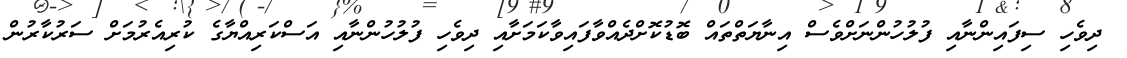
ދިވެހި ސިފައިންނާއި ފުލުހުންނަށްވެސް އިނާޔަތްތައް ބޮޑުކޮށްދެއްވާފައިވާކަމަށާއި ދިވެހި ފުލުހުންނާއި އަސްކަރިއްޔާގެ ކުރިއެރުމަށް ސަރުކާރުން